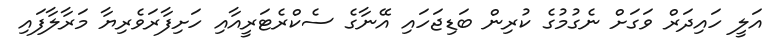
އަލީ ހައިދަރް ވަގަށް ނެގުމުގެ ކުރިން ބަޑިޖަހައި އޭނާގެ ސެކްރެޓަރީއާއި ހަށިފާރަވެރިޔާ މަރާލާފައި